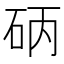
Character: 𱳴